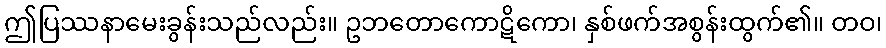
ဤပြဿနာမေးခွန်းသည်လည်း။ ဥဘတောကောဋိကော၊ နှစ်ဖက်အစွန်းထွက်၏။ တဝ၊